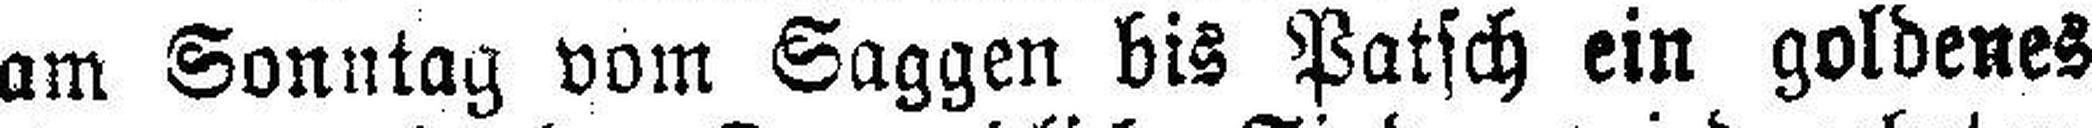
am Sonntag vom Saggen bis Patsch ein goldenes